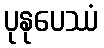
ပုနုပေဿံ